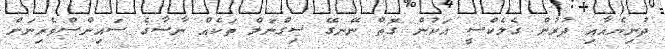
ދުނިޔެއާއި ދުރުން ގެލެކްސީ އަކުން ގޮތް ނޭނގޭ ސިގްނަލް ތަކެއް ނާސާގެ ސައިންސްވެރިނަށް